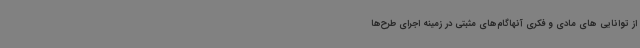
از توانایی های مادی و فکری آنهاگام‌های مثبتی در زمینه اجرای طرح‌ها